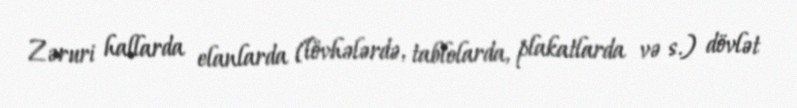
Zəruri hallarda elanlarda (lövhələrdə, tablolarda, plakatlarda və s.) dövlət